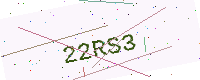
Text: 22RS3